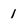
Character: 1